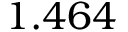
1 . 4 6 4